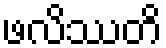
ဖလိဿတိ